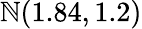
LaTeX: \mathbb{N}(1.84,1.2)